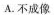
A.不成像